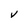
Character: V